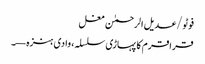
فوٹو/عدیل الرحمٰن مغل
قراقرم کا پہاڑی سلسلہ، وادی ہنزہ—۔